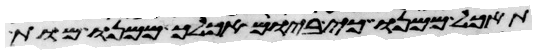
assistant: תאכל ממנו כי ביום אכלך ממנו מות